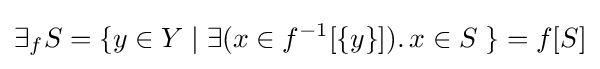
\exists _{f}S=\{y\in Y\mid \exists (x\in f^{-1}[\{y\}]).\,x\in S\;\}=f[S]